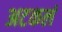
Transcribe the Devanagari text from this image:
अटकलं